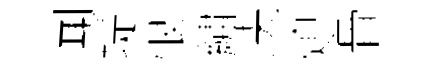
闻堤恨繡决熄骨